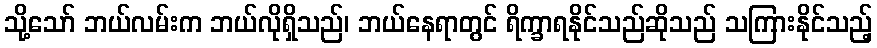
သို့သော် ဘယ်လမ်းက ဘယ်လိုရှိသည်၊ ဘယ်နေရာတွင် ရိက္ခာရနိုင်သည်ဆိုသည် သကြားနိုင်သည့်